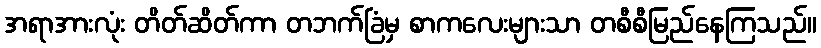
အရာအားလုံး တိတ်ဆိတ်ကာ တဘက်ခြံမှ စာကလေးများသာ တစီစီမြည်နေကြသည်။